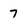
Character: 7